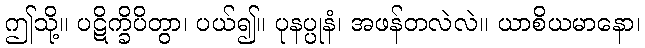
ဤသို့။ ပဋိက္ခိပိတွာ၊ ပယ်၍။ ပုနပ္ပုနံ၊ အဖန်တလဲလဲ။ ယာစိယမာနော၊